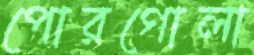
পোরগোলা